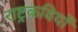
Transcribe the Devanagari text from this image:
राष्ट्रकवियों